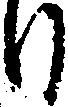
日